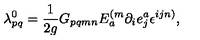
\lambda _ { p q } ^ { 0 } = \frac { 1 } { 2 g } G _ { p q m n } E _ { a } ^ { ( m } \partial _ { i } e _ { j } ^ { a } \epsilon ^ { i j n ) } ,